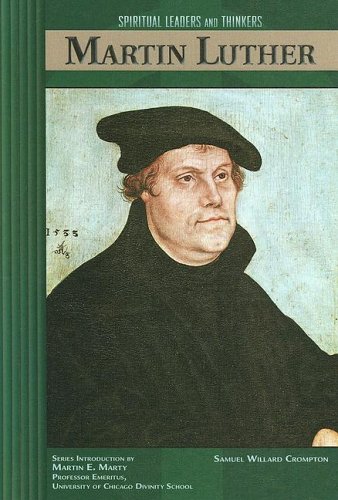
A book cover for Martin Luther (Spiritual Leaders and Thinkers); Samuel Willard Crompton; Teen & Young Adult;